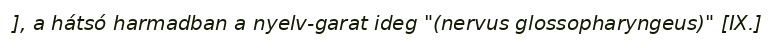
], a hátsó harmadban a nyelv-garat ideg "(nervus glossopharyngeus)" [IX.]